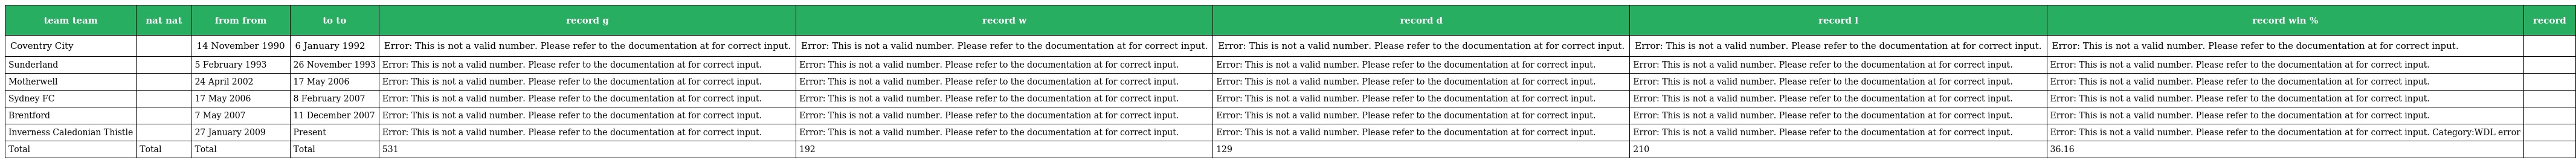
| team team | nat nat | from from | to to | record g | record w | record d | record l | record win % | record |
 | --- | --- | --- | --- | --- | --- | --- | --- | --- | --- |
 | Coventry City |  | 14 November 1990 | 6 January 1992 | Error: This is not a valid number. Please refer to the documentation at for correct input. | Error: This is not a valid number. Please refer to the documentation at for correct input. | Error: This is not a valid number. Please refer to the documentation at for correct input. | Error: This is not a valid number. Please refer to the documentation at for correct input. | Error: This is not a valid number. Please refer to the documentation at for correct input. |  |
 | Sunderland |  | 5 February 1993 | 26 November 1993 | Error: This is not a valid number. Please refer to the documentation at for correct input. | Error: This is not a valid number. Please refer to the documentation at for correct input. | Error: This is not a valid number. Please refer to the documentation at for correct input. | Error: This is not a valid number. Please refer to the documentation at for correct input. | Error: This is not a valid number. Please refer to the documentation at for correct input. |  |
 | Motherwell |  | 24 April 2002 | 17 May 2006 | Error: This is not a valid number. Please refer to the documentation at for correct input. | Error: This is not a valid number. Please refer to the documentation at for correct input. | Error: This is not a valid number. Please refer to the documentation at for correct input. | Error: This is not a valid number. Please refer to the documentation at for correct input. | Error: This is not a valid number. Please refer to the documentation at for correct input. |  |
 | Sydney FC |  | 17 May 2006 | 8 February 2007 | Error: This is not a valid number. Please refer to the documentation at for correct input. | Error: This is not a valid number. Please refer to the documentation at for correct input. | Error: This is not a valid number. Please refer to the documentation at for correct input. | Error: This is not a valid number. Please refer to the documentation at for correct input. | Error: This is not a valid number. Please refer to the documentation at for correct input. |  |
 | Brentford |  | 7 May 2007 | 11 December 2007 | Error: This is not a valid number. Please refer to the documentation at for correct input. | Error: This is not a valid number. Please refer to the documentation at for correct input. | Error: This is not a valid number. Please refer to the documentation at for correct input. | Error: This is not a valid number. Please refer to the documentation at for correct input. | Error: This is not a valid number. Please refer to the documentation at for correct input. |  |
 | Inverness Caledonian Thistle |  | 27 January 2009 | Present | Error: This is not a valid number. Please refer to the documentation at for correct input. | Error: This is not a valid number. Please refer to the documentation at for correct input. | Error: This is not a valid number. Please refer to the documentation at for correct input. | Error: This is not a valid number. Please refer to the documentation at for correct input. | Error: This is not a valid number. Please refer to the documentation at for correct input. Category:WDL error |  |
 | Total | Total | Total | Total | 531 | 192 | 129 | 210 | 36.16 |  |